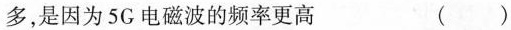
多，是因为5G电磁波的频率更高 ()